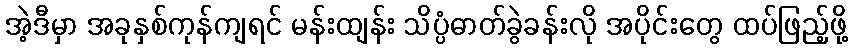
အဲ့ဒီမှာ အခုနှစ်ကုန်ကျရင် မန်းထျန်း သိပ္ပံဓာတ်ခွဲခန်းလို အပိုင်းတွေ ထပ်ဖြည့်ဖို့